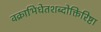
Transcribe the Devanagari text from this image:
वक्राभिधेतशब्दोक्तिरिष्टा